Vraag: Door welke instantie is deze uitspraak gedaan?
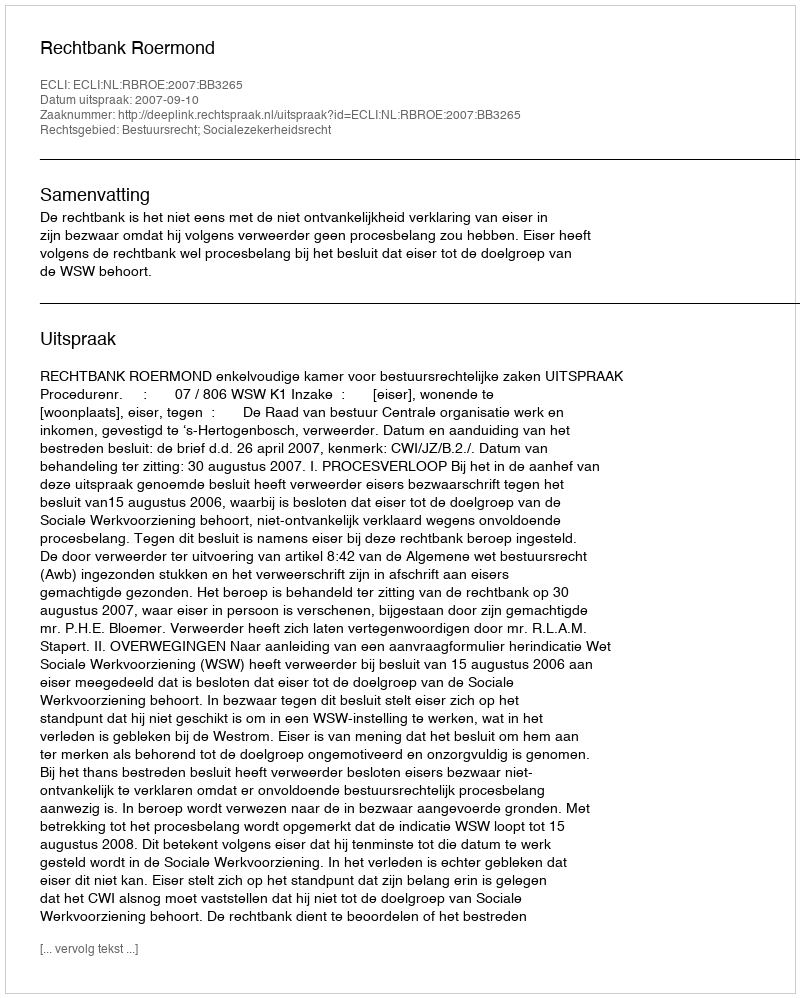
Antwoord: Rechtbank Roermond